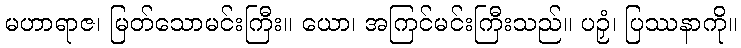
မဟာရာဇ၊ မြတ်သောမင်းကြီး။ ယော၊ အကြင်မင်းကြီးသည်။ ပဉှံ၊ ပြဿနာကို။